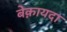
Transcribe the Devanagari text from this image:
बेक़ायदा